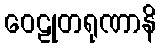
ဝေဠုတရုဏာနိ